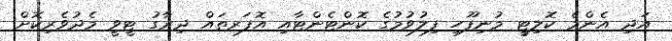
އަދި އެންމެ ކޮލިޓީ މުނިފޫހި ފިލުވުމުގެ ކޮންޓެންޓާއި އޮފަރތައް ދިރާގު ޓީވީ މެދުވެރިކޮށް